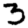
Digit: 3